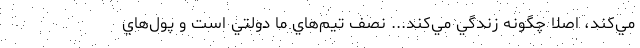
مي‌كند، اصلا چگونه زندگي مي‌كند... نصف تيم‌هاي ما دولتي است و پول‌هاي